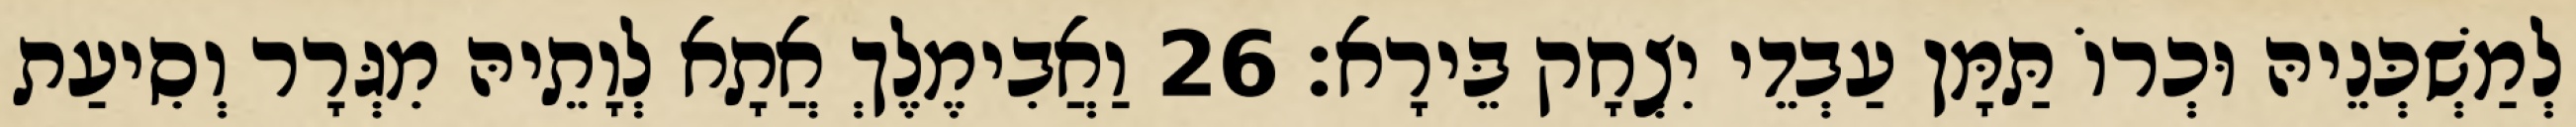
לְמַשְׁכְּנֵיהּ וּכְרוֹ תַּמָּן עַבְדֵי יִצְחָק בֵּירָא׃ 26 וַאֲבִימֶלֶךְ אֲתָא לְוָתֵיהּ מִגְּרָר וְסִיעַת